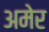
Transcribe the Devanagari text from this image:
अमेर